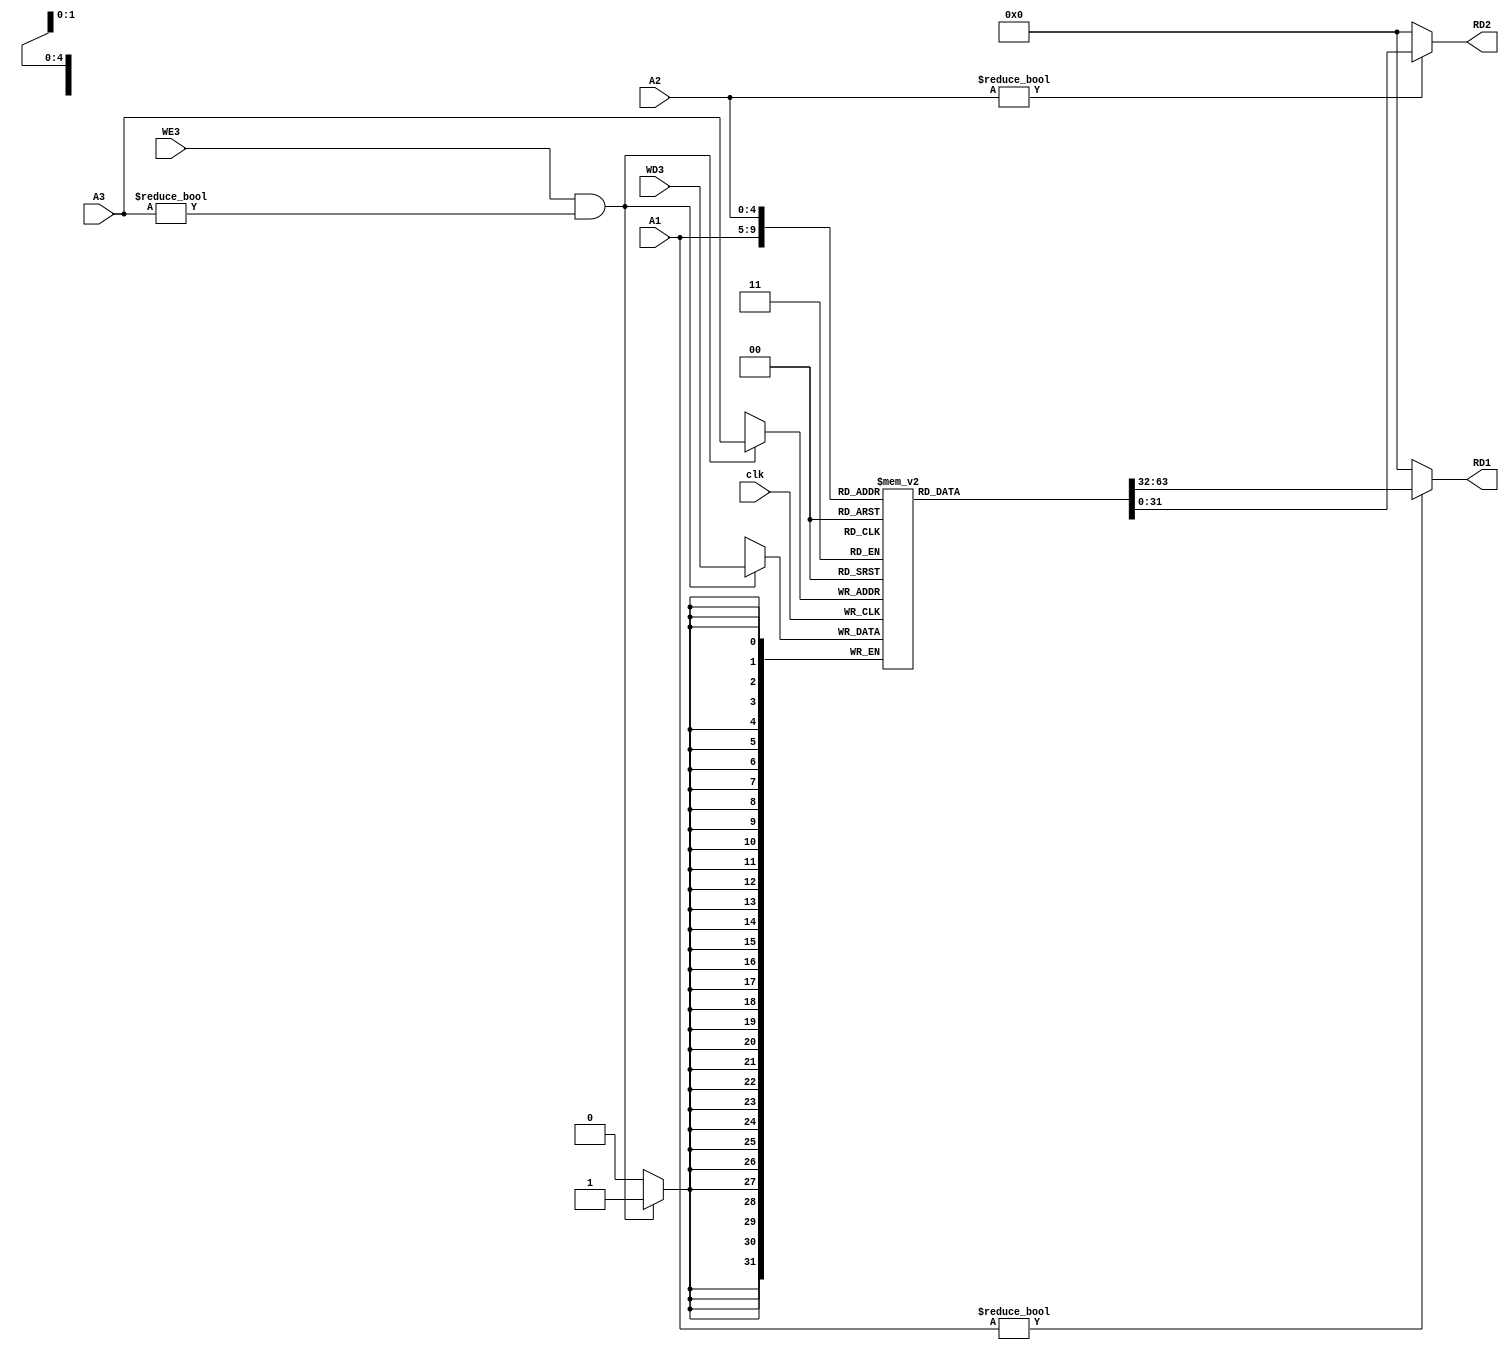
`timescale 1ns / 1ps
//////////////////////////////////////////////////////////////////////////////////
// Company: 
// Engineer: 
// 
// Design Name: 
// Module Name: rf
// Project Name: 
// Target Devices: 
// Tool Versions: 
// Description: 
// 
// Dependencies: 
// 
// Revision:
// Revision 0.01 - File Created
// Additional Comments:
// 
//////////////////////////////////////////////////////////////////////////////////


module rf(
            input clk,
            input [4:0] A1, A2, A3,
            input [31:0] WD3,
            input WE3,
            output [31:0] RD1, RD2
            
    );
    
        reg [31:0] RAM [0:31];
        
        assign RD1 = (A1!=0) ? RAM[A1] : 32'b0;
        assign RD2 = (A2!=0) ? RAM[A2] : 32'b0;
        
        always@(posedge clk)
        begin
           if (WE3 && (A3 != 0))
               RAM[A3] <= WD3;
        end 
    
endmodule